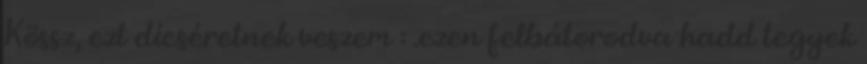
Kössz, ezt dícséretnek veszem : .ezen felbátorodva hadd tegyek